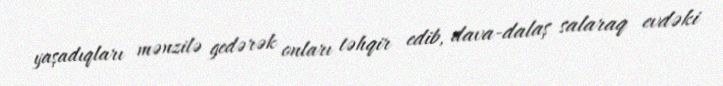
yaşadıqları mənzilə gedərək onları təhqir edib, dava-dalaş salaraq evdəki